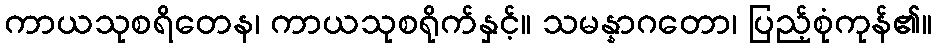
ကာယသုစရိတေန၊ ကာယသုစရိုက်နှင့်။ သမန္နာဂတော၊ ပြည့်စုံကုန်၏။